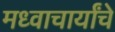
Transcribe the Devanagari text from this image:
मध्वाचार्यांचे